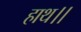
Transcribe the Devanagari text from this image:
हाथ।।